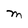
Character: M